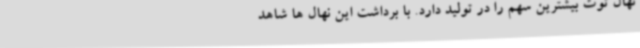
نهال توت بیشترین سهم را در تولید دارد. با برداشت این نهال ها شاهد